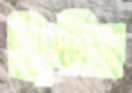
খ্রিস্টীয়